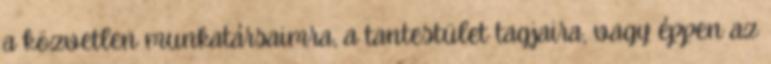
a közvetlen munkatársaimra, a tantestület tagjaira, vagy éppen az